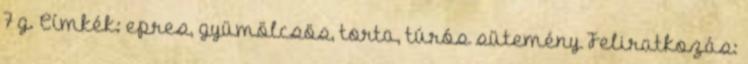
7 g. Címkék: epres, gyümölcsös, torta, túrós sütemény Feliratkozás: